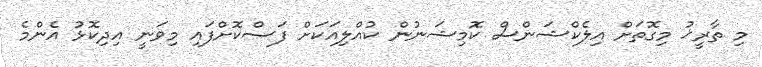
މި ތާރީޚު މިގޮތަށް އިލެކްޝަންސް ކޮމިޝަނުން ކުއްލިއަކަށް ފަސްކޮށްފައި މިވަނީ އިދިކޮޅު އެންމެ